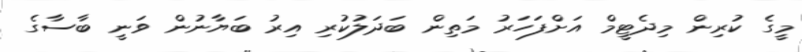
މީގެ ކުރިން މިދެޓީމް އަށްފަހަރު މަތިން ބަދަލުކުރި އިރު ބަޔާނުން ވަނީ ބާސާގެ